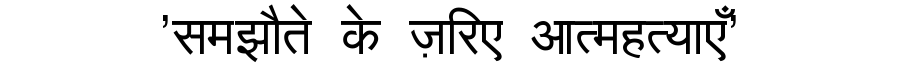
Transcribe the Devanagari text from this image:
'समझौते के ज़रिए आत्महत्याएँ'